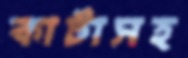
কাটাসহ